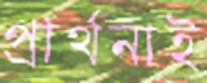
প্রার্থনাই